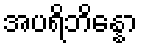
အပရိဘိန္နော